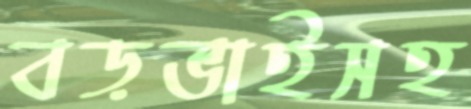
বড়ভাইসহ